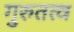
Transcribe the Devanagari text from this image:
गुरुतत्व